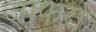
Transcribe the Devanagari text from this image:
जाफरा